Lunatic asylums Madras 1877-1891 - 1877-1891
Year: 1877
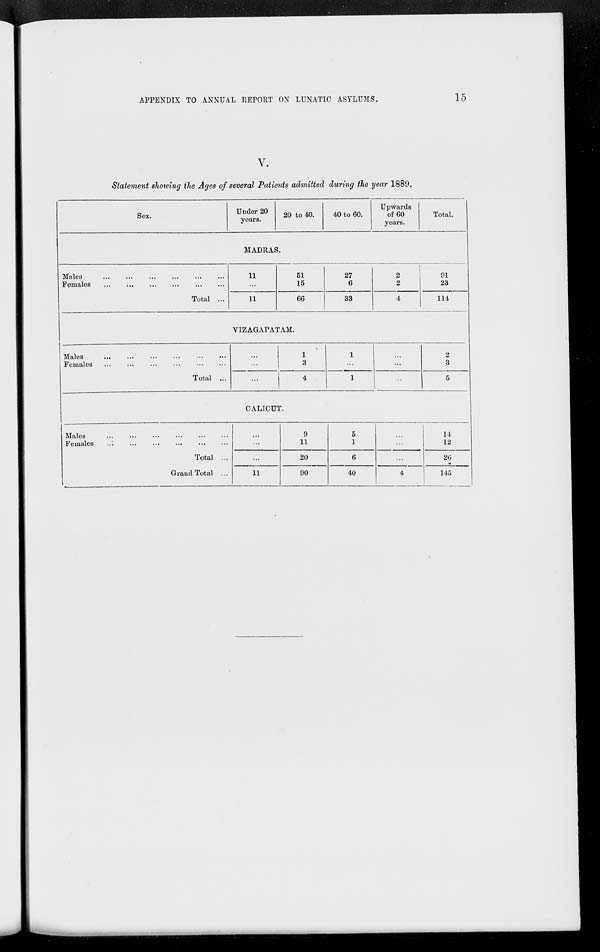
APPENDIX TO ANNUAL REPORT ON LUNATIC ASYLUMS.
15
V.
Statement showing the Ages of several Patients admitted during the year 1889.
Sex.
Under 20
years.
20 to 40.
40 to 60.
Upwards
of 60
years.
Total.
MADRAS.
Males ... ... ... ... ... ...
Females
...
...
...
...
...
...
Total ...
11
...
11
51
15
66
27
6
33
2
2
4
91
23
114
VIZAGAPATAM.
Males
...
...
...
...
...
...
Females
...
...
...
...
...
...
Total ...
...
...
...
1
3
4
1
...
1
...
...
...
2
3
5
CALICUT.
Males
...
...
...
...
...
...
Females ... ... ... ... ...
...
Total ...
Grand Total ...
...
...
...
11
9
11
20
90
5
1
6
40
...
...
...
4
14
12
26
145